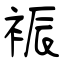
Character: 裖